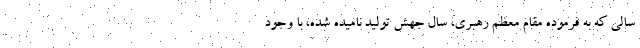
سالی که به فرموده مقام معظم رهبری، سال جهش تولید نامیده شده، با وجود